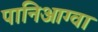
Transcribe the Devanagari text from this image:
पानिआग्वा